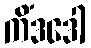
ကိံဒဒေါ